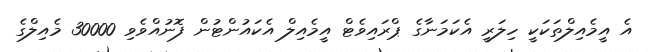
އެ އީމެއިލްތަކަކީ ހިލަރީ އެކަމަނާގެ ޕްރައިވެޓް އީމެއިލް އެކައުންޓުން ފޮނުއްވެވި 30000 މެއިލްގެ